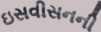
ઇસવીસનની